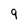
Character: 9